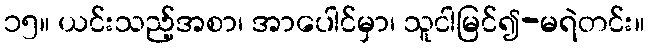
၁၅။ ယင်းသည့်အစာ၊ အာပေါင်မှာ၊ သူငါမြင်၍-မရဲတင်း။